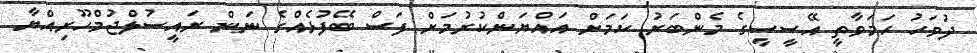
ދުވަހު ހަމަވާތީ އޭސީސީގެ މެންބަރު ކަމަށް އައްޔަންކުރުމަށް ފަސް ބޭފުޅެއްގެ ނަން ރައީސުލްޖުމްހޫރިއްޔާ